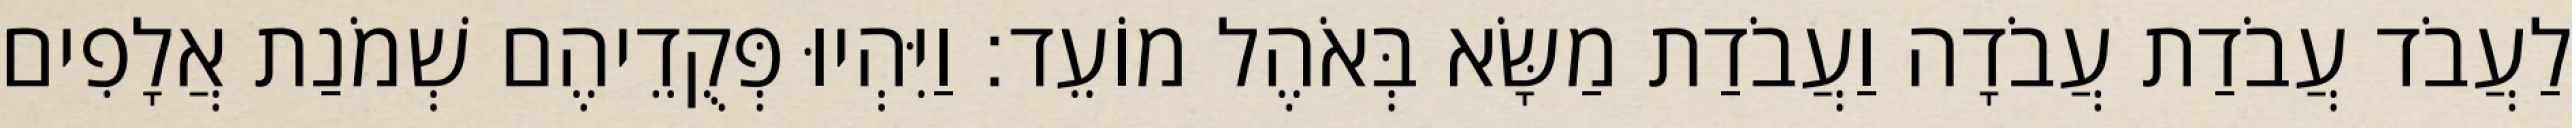
לַעֲבֹד עֲבֹדַת עֲבֹדָה וַעֲבֹדַת מַשָּׂא בְּאֹהֶל מוֹעֵד׃ וַיִּהְיוּ פְּקֻדֵיהֶם שְׁמֹנַת אֲלָפִים